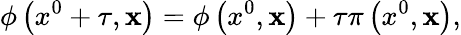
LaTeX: \phi\left(x^{0}+\tau,{\mathbf x}\right)=\phi\left(x^{0},{\mathbf x}\right)+\tau\pi\left(x^{0},{\mathbf x}\right),